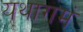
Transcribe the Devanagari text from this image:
यथागमं